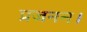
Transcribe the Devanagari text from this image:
प्रजनन।